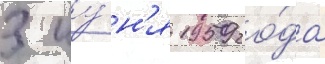
3 иу́н'я 1959 го́да